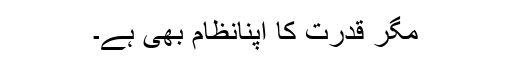
مگر قدرت کا اپنانظام بھی ہے۔